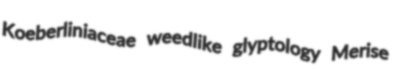
Koeberliniaceae weedlike glyptology Merise